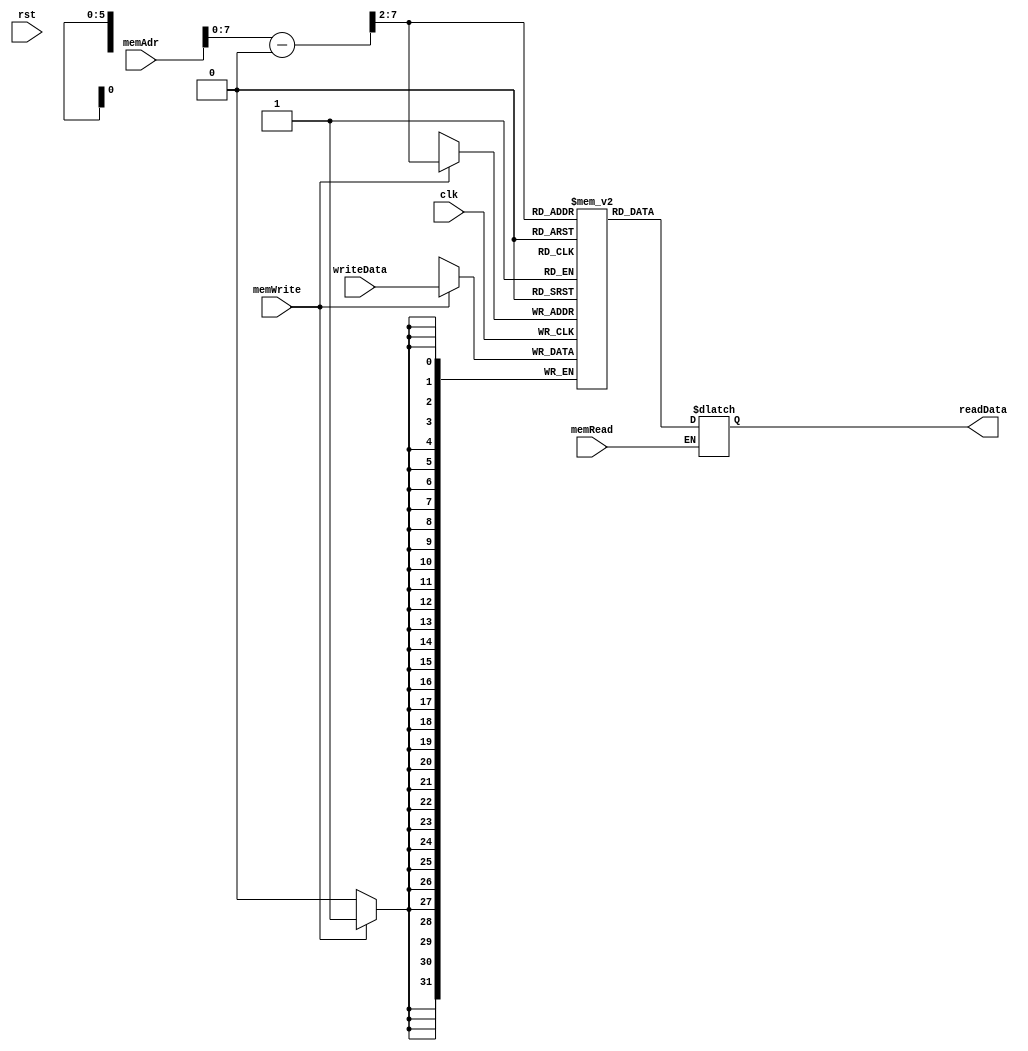
module DataMemory(
    input clk, rst,
    input [31:0] memAdr, writeData,
    input memRead, memWrite,
    output reg [31:0] readData
);
    localparam WordCount = 64;

    reg [31:0] dataMem [0:WordCount-1]; 

    wire [31:0] dataAdr, adr;
    assign dataAdr = memAdr - 32'd1024;
    assign adr = {2'b00, dataAdr[31:2]}; // Align address to the word boundary

    always @(negedge clk) begin
        if (memWrite)
            dataMem[adr] <= writeData;
    end

    always @(memRead or adr) begin
        if (memRead)
            readData = dataMem[adr];
    end
endmodule